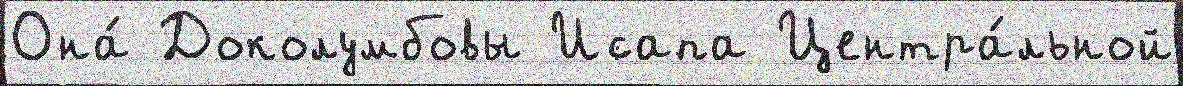
Она́ Доколумбовы Исапа Центра́льной